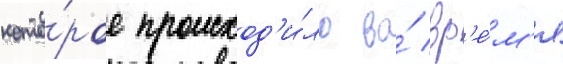
кото́рое происход'и́ло во́ вр'е́м'я